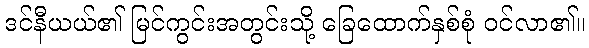
ဒင်နီယယ်၏ မြင်ကွင်းအတွင်းသို့ ခြေထောက်နှစ်စုံ ဝင်လာ၏။